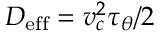
D _ { \mathrm { e f f } } = v _ { c } ^ { 2 } \tau _ { \theta } / 2